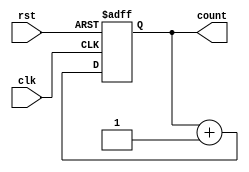
module UpCounterMoore (
    input wire clk,   // Clock signal
    input wire rst,   // Asynchronous reset signal
    output reg [N-1:0] count // Current state/output (N-bit)
);
    parameter N = 3; // Define the number of bits for the counter

    // Sequential logic for state transition
    always @(posedge clk or posedge rst) begin
        if (rst) begin
            count <= 0; // Reset the counter to 0
        end else begin
            count <= count + 1; // Increment the counter
        end
    end

endmodule